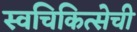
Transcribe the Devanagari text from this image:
स्वचिकित्सेची